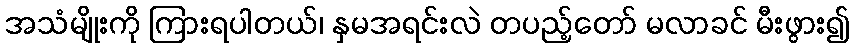
အသံမျိုးကို ကြားရပါတယ်၊ နှမအရင်းလဲ တပည့်တော် မလာခင် မီးဖွား၍